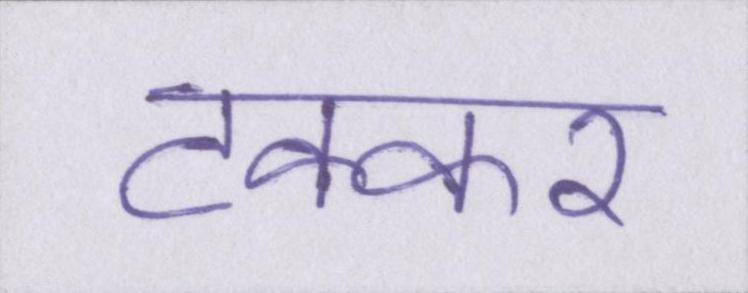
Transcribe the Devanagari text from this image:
टक्कर